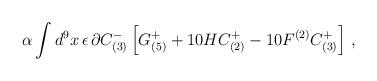
LaTeX: \begin{align*}\alpha\int d^{9}x\, \epsilon\, \partial C^{-}_{(3)} \left[G^{+}_{(5)}+10HC^{+}_{(2)}-10F^{(2)}C^{+}_{(3)}\right]\, ,\end{align*}